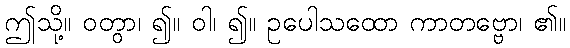
ဤသို့။ ဝတွာ၊ ၍။ ဝါ၊ ၍။ ဥပေါသထော ကာတဗ္ဗော၊ ၏။